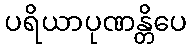
ပရိယာပုဏန္တိပေ